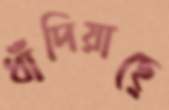
ধাঁদিয়াছে